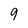
Character: 9